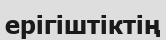
ерігіштіктің